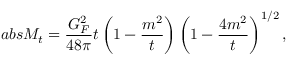
a b s M _ { t } = \frac { G _ { F } ^ { 2 } } { 4 8 \pi } t \left( 1 - \frac { m ^ { 2 } } { t } \right) \left( 1 - \frac { 4 m ^ { 2 } } { t } \right) ^ { 1 / 2 } ,